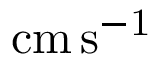
\mathrm { { c m \thinspace s ^ { - 1 } } }